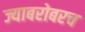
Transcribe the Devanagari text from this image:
ज्याबरोबरच